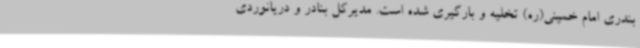
بندری امام خمینی(ره) تخلیه و بارگیری شده است. مدیرکل بنادر و دریانوردی